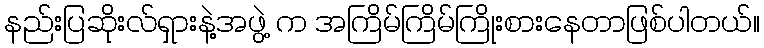
နည်းပြဆိုးလ်ရှားနဲ့အဖွဲ့ က အကြိမ်ကြိမ်ကြိုးစားနေတာဖြစ်ပါတယ်။